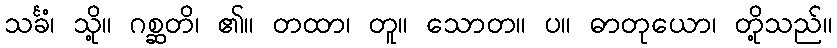
သင်္ခံ၊ သို့။ ဂစ္ဆတိ၊ ၏။ တထာ၊ တူ။ သောတ။ ပ။ ဓာတုယော၊ တို့သည်။